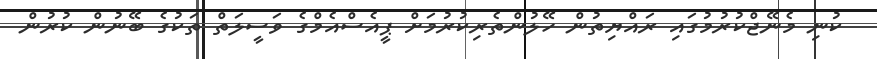
ކުނި މެނޭޖްކުރުމުގައި ރައްޔިތުން ހޭލުންތެރިކުރުމަށް ޕީއެސްއެމްގެ ވަސީލަތް ތަކުގެ ބޭނުން ކުރުން